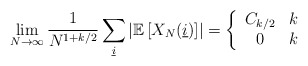
\begin{align*}\lim_{N \to \infty} \frac{1}{N^{1+k/2}} \sum_{\underline{i}} \left| \mathbb{E}\left[X_N(\underline{i})\right]\right| = \left\{ \begin{array}{cc}C_{k/2} & k \\0 & k\end{array}\right. \,\end{align*}